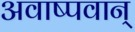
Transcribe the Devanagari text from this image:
अवाष्पवान्‌